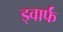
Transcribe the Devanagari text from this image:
ड्वार्फं